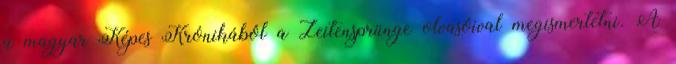
a magyar Képes Krónikából a Zeitensprünge olvasóival megismertetni. A